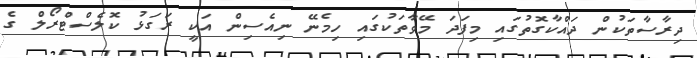
ދިރާސާތަކުން ދައްކާގޮތުގައި މިފަދަ މޭވާތަކުގައި ހިމެނޭ ނިއެސިން އަކީ ރަގަޅު ކޮލެސްޓްރޯލް ގެ